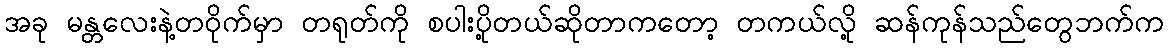
အခု မန္တလေးနဲ့တဝိုက်မှာ တရုတ်ကို စပါးပို့တယ်ဆိုတာကတော့ တကယ်လို့ ဆန်ကုန်သည်တွေဘက်က